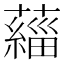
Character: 𫊄